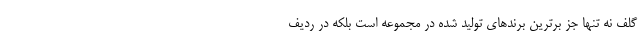
گلف نه تنها جز برترین برندهای تولید شده در مجموعه است بلکه در ردیف